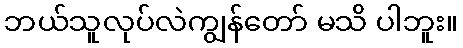
ဘယ်သူလုပ်လဲကျွန်တော် မသိ ပါဘူး။